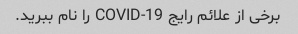
برخی از علائم رایج COVID-19 را نام ببرید.